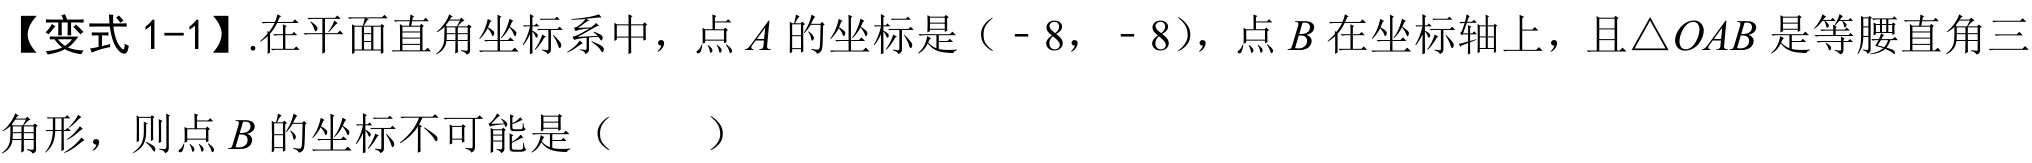
【变式1-1】.在平面直角坐标系中，点\(A\)的坐标是\(( - 8, - 8)\)，点\(B\)在坐标轴上，且\(\triangle OAB\)是等腰直角三角形，则点\(B\)的坐标不可能是（  ）